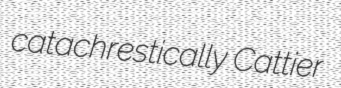
catachrestically Cattier